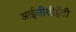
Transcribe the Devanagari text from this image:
आईसीसीट्वेंटी